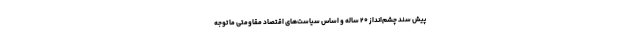
پیش سند چشم‌انداز ۲۰ ساله و اساس سیاست‌های اقتصاد مقاومتی ما توجه